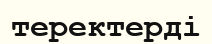
теректерді